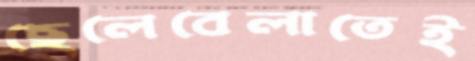
ছেলেবেলাতেই